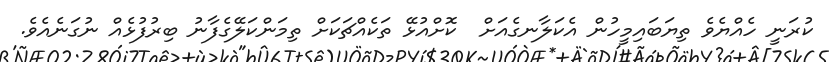
ކުރަނީ ހެއްޔެވެެ ތިޔަބައިމީހުން އެކަލާނގެއަށް  ކޮށްއުޅޭ ތަކެއްޗަކަށް ތިމަންކަލޭގެފާނު ބިރުފުޅެއް ނުގަނެއެވެ.